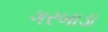
ગરબાડા